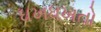
ધખધખતો